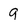
Character: g